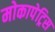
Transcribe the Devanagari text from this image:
मोकापेट्रिस